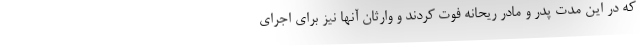
که در این مدت پدر و مادر ریحانه فوت کردند و وارثان آنها نیز برای اجرای